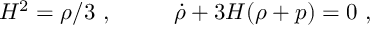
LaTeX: H ^ { 2 } = \rho / 3 \ , ~ ~ ~ ~ ~ ~ ~ ~ \dot { \rho } + 3 H ( \rho + p ) = 0 \ ,